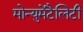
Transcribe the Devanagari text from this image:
मोन्युमेंटैलिटी